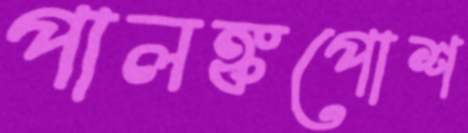
পালঙ্কপোশ